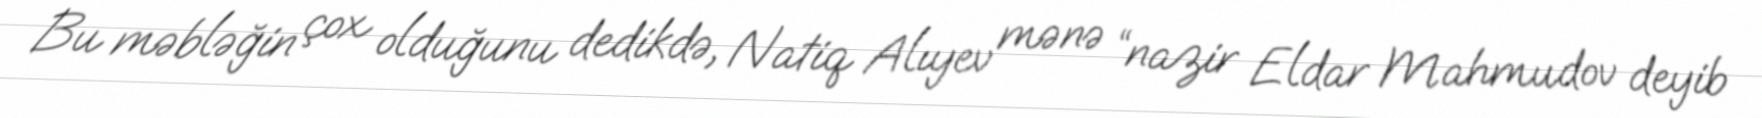
Bu məbləğin çox olduğunu dedikdə, Natiq Alıyev mənə “nazir Eldar Mahmudov deyib